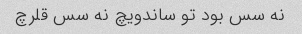
نه سس بود تو ساندویچ نه سس قلرچ